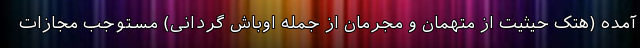
آمده (هتک حیثیت از متهمان و مجرمان از جمله اوباش گردانی) مستوجب مجازات